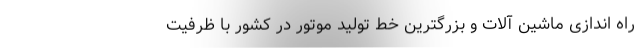
راه اندازی ماشین آلات و بزرگترین خط تولید موتور در کشور با ظرفیت